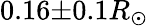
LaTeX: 0.16{\pm}0.1R_{\odot}